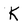
Character: K